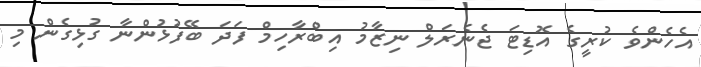
އެހެންވެ ކުރީގެ އޮޑިޓަ ޖެނެރަލް ނިޒާމު އިބްރާހިމް ފަދަ ބޭފުޅުންނާ ގުޅިގެން މި